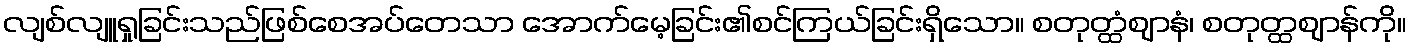
လျစ်လျူရှုခြင်းသည်ဖြစ်စေအပ်တေသာ အောက်မေ့ခြင်း၏စင်ကြယ်ခြင်းရှိသော။ စတုတ္ထံဈာနံ၊ စတုတ္ထဈာန်ကို။